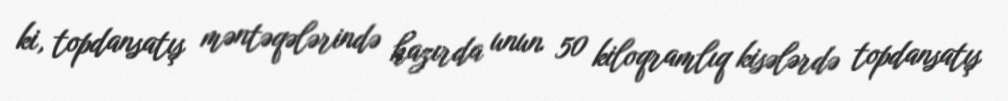
ki, topdansatış məntəqələrində hazırda unun 50 kiloqramlıq kisələrdə topdansatış